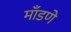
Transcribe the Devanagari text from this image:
माँडणे